Lunatic asylums Punjab 1881-1894 - 1881-1894
Year: 1881
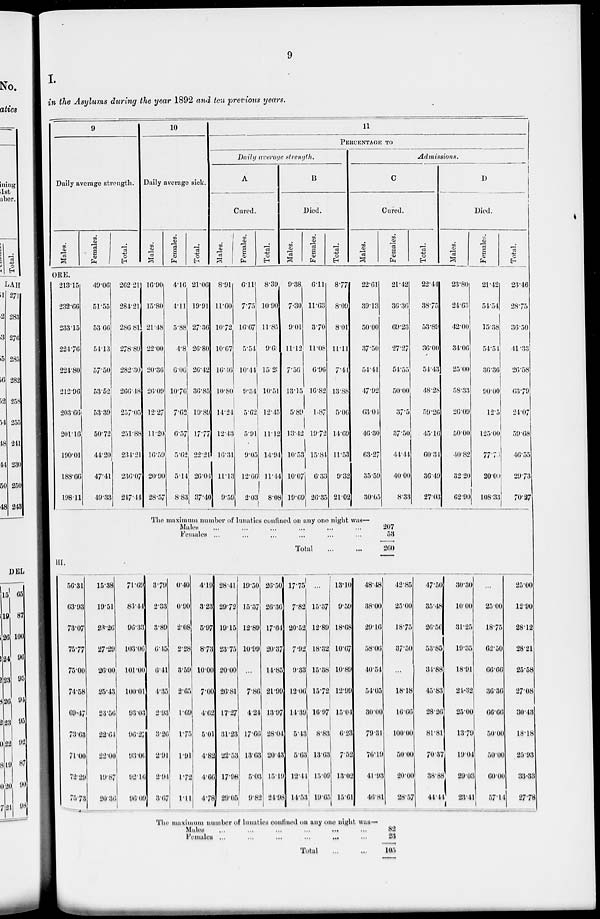
9
I.
in the Asylums during the year 1892 and ten previous years.
9
Daily average strength.
Males.
Females.
Total.
10
Daily average sick.
Males.
Females.
Total.
11
PERCENTAGE TO
Daily average strength.
A
Cured.
Males.
Females.
Total.
B
Died.
Males.
Females.
Total.
Admissions.
C
Cured.
Males.
Females.
Total.
D
Died.
Males.
Females.
Total.
ORE.
213.15
232.66
233.15
224.76
224.80
212.96
203.66
201.16
190.01
188.66
198.11
49.06
51.55
53.66
54.13
57.50
53.52
53.39
50.72
44.20
47.41
49.33
262.21
284.21
286.81
278.89
282.30
266.48
257.05
251.88
234.21
236.07
247.44
16.90
15.80
21.48
22.00
20.36
26.09
12.27
11.20
16.59
20.90
28.57
4.16
4.11
5.88
4.8
6.06
10.76
7.62
6.57
5.62
5.14
8.83
21.06
19.91
27.36
26.80
26.42
36.85
19.89
17.77
22.21
26.04
37.40
8.91
11.60
10.72
10.67
16.46
10.80
14.24
12.43
16.31
11.13
9.59
6.11
7.75
16.67
5.54
10.44
9.34
5.62
5.91
9.05
12.66
2.03
8.39
10.90
11.85
9.61
15.20
10.51
12.45
11.12
14.94
11.44
8.08
9.38
7.30
9.01
11.12
7.56
13.15
5.89
13.42
10.53
10.07
19.69
6.11
11.63
3.70
11.08
6.96
16.82
1.87
19.72
15.84
6.33
26.35
8.77
8.09
8.01
11.11
7.44
13.88
5.06
14.69
11.53
9.32
21.02
22.61
39.13
50.00
37.50
54.41
47.92
63.04
46.30
63.27
35.59
30.65
21.42
36.36
69.23
27.27
54.55
50.00
37.5
37.50
44.44
40.00
8.33
22.44
38.75
53.89
36.00
54.43
48.28
59.26
45.16
60.34
36.49
27.03
23.80
24.63
42.00
34.06
25.00
58.33
26.09
50.00
40.82
32.20
62.90
21.42
54.54
15.38
54.54
36.36
90.00
12.5
125.00
77.76
20.00
108.33
23.46
28.75
36.50
41.33
26.58
63.79
24.07
59.08
46.55
29.73
70.27
The maximum number of lunatics confined on any one night was—
Males ... ... ... ... ... ...
Females ... ... ... ... ... ...
Total
...
...
207
53
260
III.
56.31
63.93
73.07
75.77
75.00
74.58
69.47
73.63
71.00
72.29
75.73
15.38
19.51
23.26
27.29
26.00
25.43
23.56
22.64
22.00
19.87
20.36
71.69
83.44
96.33
103.06
101.00
100.01
93.03
96.27
93.00
92.16
96.09
3.79
2.33
3.89
6.15
6.41
4.35
2.93
3.26
2.91
2.94
3.67
0.40
0.90
2.08
2.28
3.59
2.65
1.69
1.75
1.91
1.72
1.11
4.19
3.23
5.97
8.73
10.00
7.00
4.62
5.01
4.82
4.66
4.78
28.41
29.72
19.15
23.75
20.00
26.81
17.27
31.23
22.53
17.98
29.05
19.50
15.37
12.89
10.99
...
7.86
4.24
17.66
13.63
5.03
9.82
26.50
26.36
17.64
20.37
14.85
21.99
13.97
28.04
20.43
15.19
24.98
17.75
7.82
20.52
7.92
9.33
12.06
14.39
5.43
5.63
12.44
14.53
...
15.37
12.89
18.32
15.38
15.72
16.97
8.83
13.63
15.09
19.65
13.10
9.59
18.68
10.67
10.89
12.99
15.04
6.23
7.52
13.02
15.61
48.48
38.00
29.16
58.06
40.54
54.05
30.00
79.31
76.19
41.93
46.81
42.85
25.00
18.75
37.50
...
18.18
16.66
100.00
50.00
20.00
28.57
47.50
35.48
26.56
53.85
31.88
45.83
28.26
81.81
70.37
38.88
44.44
30.30
10.00
31.25
19.35
18.91
24.32
25.00
13.79
19.04
29.03
23.41
...
25.00
18.75
62.50
66.66
36.36
66.66
50.00
50.00
60.00
57.14
25.00
12.90
28.12
28.21
25.58
27.08
30.43
18.18
25.93
33.33
27.78
The maximum number of lunatics contined on any one night was—
Males
...
...
...
...
...
...
Females ... ... ... ... ... ...
Total
...
...
82
23
105